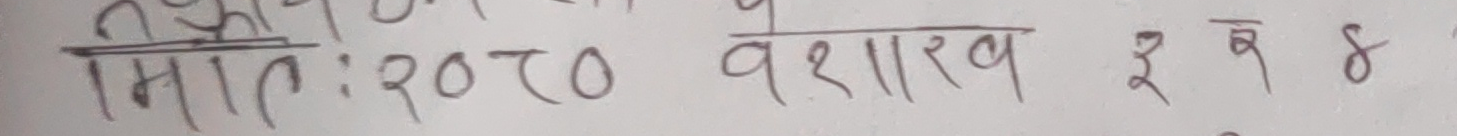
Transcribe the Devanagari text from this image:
मिति: २०८० वैशाख ३ गते ४